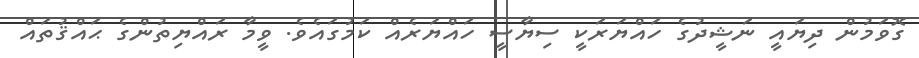
ގޮވަމުން ދިޔައީ ނަޝީދުގެ ހައްޔަރަކީ ސިޔާސީ ހައްޔަރެއް ކަމުގައެވެ. ވީމާ ރައްޔިތުންގެ ޙައްޤުތައް